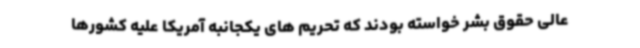
عالی حقوق بشر خواسته بودند که تحریم های یکجانبه آمریکا علیه کشورها